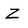
Character: Z